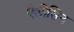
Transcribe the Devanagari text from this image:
ऐलीसिन